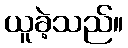
ယူခဲ့သည်။